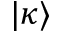
| \kappa \rangle